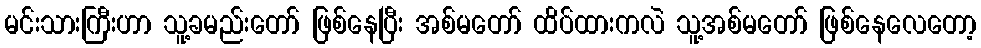
မင်းသားကြီးဟာ သူ့ခမည်းတော် ဖြစ်နေပြီး အစ်မတော် ထိပ်ထားကလဲ သူ့အစ်မတော် ဖြစ်နေလေတော့